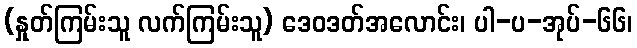
(နှုတ်ကြမ်းသူ လက်ကြမ်းသူ) ဒေဝဒတ်အလောင်း၊ ပါ-ပ-အုပ်-၆၆၊